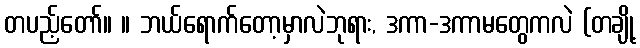
တပည့်တော်။ ။ ဘယ်ရောက်တော့မှာလဲဘုရား, ဒကာ-ဒကာမတွေကလဲ (တချို့